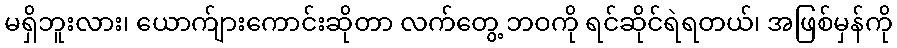
မရှိဘူးလား၊ ယောက်ျားကောင်းဆိုတာ လက်တွေ့ ဘဝကို ရင်ဆိုင်ရဲရတယ်၊ အဖြစ်မှန်ကို